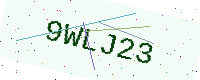
Text: 9WLJ23